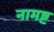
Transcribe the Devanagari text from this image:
नामष्ट